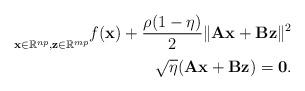
LaTeX: \begin{align*}\underset{\mathbf{x} \in \mathbb{R}^{np}, \mathbf{z} \in \mathbb{R}^{mp}}{} f(\mathbf{x}) + \frac{\rho(1-\eta)}{2}\|\mathbf{Ax} + \mathbf{Bz}\|^2 \\ \sqrt{\eta}(\mathbf{Ax} + \mathbf{Bz}) = \mathbf{0}.\end{align*}